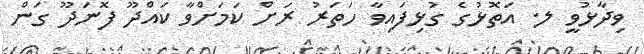
ވިދާޅުވީ ލ. އަތޮޅުގެ ގުޅިފައިވާ ހަތަރު ރަށް ކަމަށްވާ ކައްދޫ ފޮނަދޫ ގަން